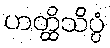
ဟတ္ထိသိပ္ပံ